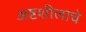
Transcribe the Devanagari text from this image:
अष्टशीलाचे